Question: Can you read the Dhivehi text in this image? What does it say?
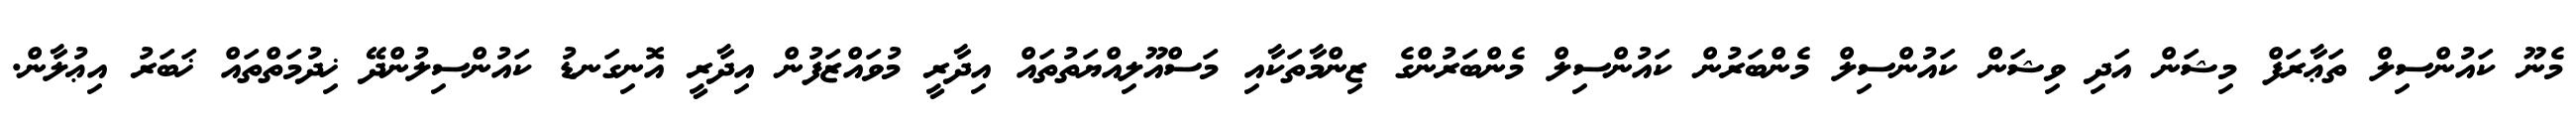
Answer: މެނޫ ކައުންސިލް ތަޢާރަފް މިޝަން އަދި ވިޝަން ކައުންސިލް މެންބަރުން ކައުންސިލް މެންބަރުންގެ ޒިންމާތަކާއި މަސްއޫލިއްޔަތުތައް އިދާރީ މުވައްޒަފުން އިދާރީ އޮނިގަނޑު ކައުންސިލުންދޭ ޚިދުމަތްތައް ޚަބަރު އިޢުލާން.